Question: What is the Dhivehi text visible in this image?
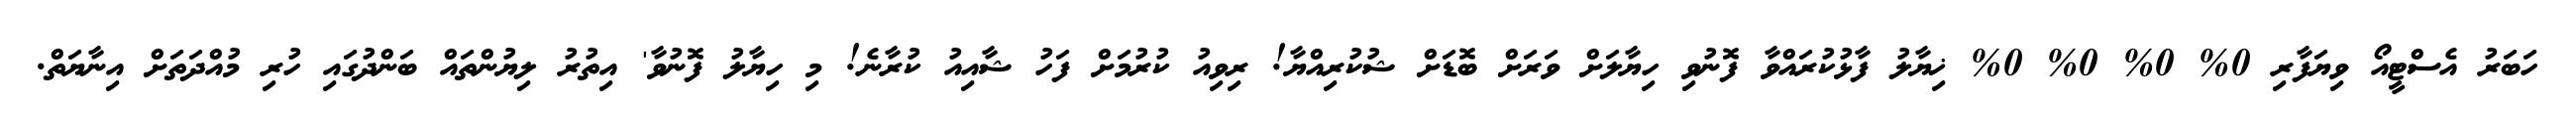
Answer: ހަބަރު އެސްޓީއޯ ވިޔަފާރި 0% 0% 0% 0% ޚިޔާލު ފާޅުކުރައްވާ ފޮނުވި ހިޔާލަށް ވަރަށް ބޮޑަށް ޝުކުރިއްޔާ! ރިވިއު ކުރުމަށް ފަހު ޝާއިއު ކުރާނެ! މި ހިޔާލު ފޮނުވާ' އިތުރު ލިޔުންތައް ބަންދުގައި ހުރި މުއްދަތަށް އިނާޔަތް.